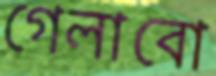
গেলাবো